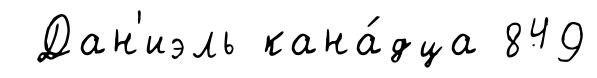
Дан'иэль кана́дца 849